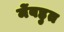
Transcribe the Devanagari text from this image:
मेंबहुत